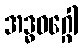
အဒ္ဓဝဂ္ဂေါ